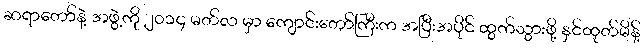
ဆရာတော်နဲ့ အဖွဲ့ကို ၂၀၁၄ မတ်လ မှာ ကျောင်းတော်ကြီးက အပြီးအပိုင် ထွက်သွားဖို့ နှင်ထုတ်မိန့်